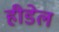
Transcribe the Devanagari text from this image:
हीडेल